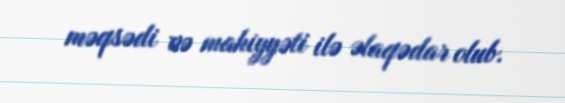
məqsədi və mahiyyəti ilə əlaqədar olub.